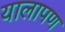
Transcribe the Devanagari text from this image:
यालापण